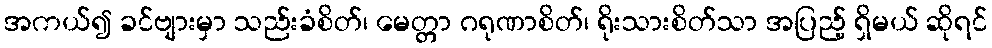
အကယ်၍ ခင်ဗျားမှာ သည်းခံစိတ်၊ မေတ္တာ ဂရုဏာစိတ်၊ ရိုးသားစိတ်သာ အပြည့် ရှိမယ် ဆိုရင်